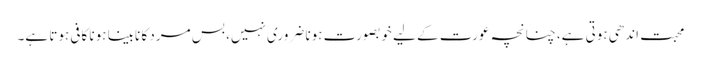
محبت اندھی ہوتی ہے، چنانچہ عورت کے لیے خوبصورت ہونا ضروری نہیں، بس مرد کا نابینا ہونا کافی ہوتا ہے۔